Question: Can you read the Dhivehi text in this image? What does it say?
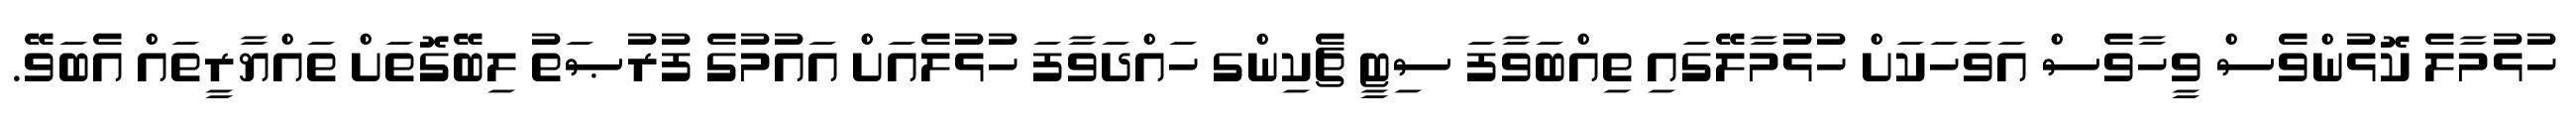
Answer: ހުޅުމާލެ ކޮޅުންވެސް ވީހާވެސް އަވަހަކަށް ހުޅުމާލޭގައި ތިއްބަވާފަ ސިޓީ ޗެކިންގ ހައްދަވާފަ ހުޅުލެއަށް އައުމުގެ ފުރުޞަތު ލިބޭގޮތަށް ތައްޔާރީތައް އެބަވޭ.